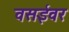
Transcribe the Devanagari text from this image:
वसईवर